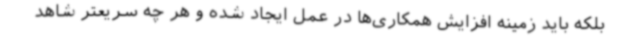
بلکه باید زمینه افزایش همکاری‌ها در عمل ایجاد شده و هر چه سریعتر شاهد